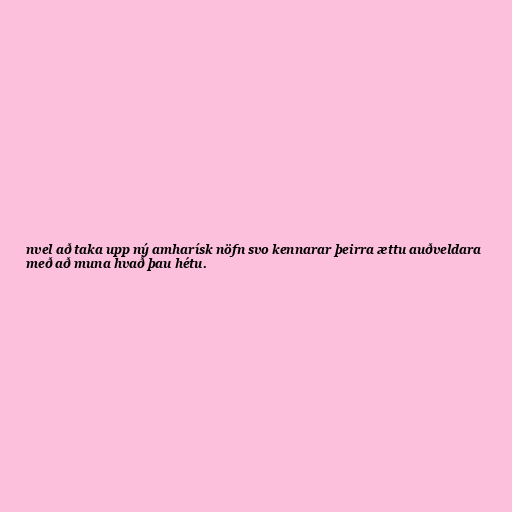
nvel að taka upp ný amharísk nöfn svo kennarar þeirra ættu auðveldara
með að muna hvað þau hétu.